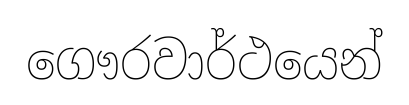
ගෞරවාර්ථයෙන්